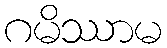
ဂမိဿာမ